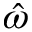
\hat { \omega }